Civil Veterinary Dept. North-West Frontier Province 1933-46 - 1933-1946
Year: 1933
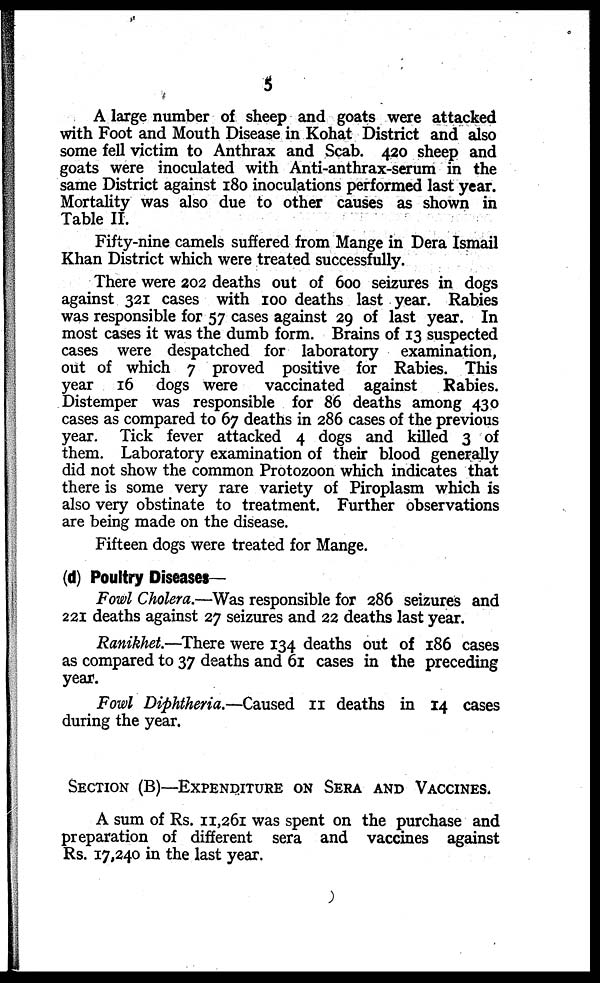
5
A large number of sheep and goats were attacked
with Foot and Mouth Disease in Kohat District and also
some fell victim to Anthrax and Scab. 420 sheep and
goats were inoculated with Anti-anthrax-serum in the
same District against 180 inoculations performed last year.
Mortality was also due to other causes as shown in
Table II.
Fifty-nine camels suffered from Mange in Dera Ismail
Khan District which were treated successfully.
There were 202 deaths out of 600 seizures in dogs
against 321 cases with 100 deaths last year. Rabies
was responsible for 57 cases against 29 of last year. In
most cases it was the dumb form. Brains of 13 suspected
cases were despatched for laboratory examination,
out of which 7 proved positive for Rabies. This
year 16 dogs were
vaccinated against
Rabies.
Distemper was responsible for 86 deaths among 430
cases as compared to 67 deaths in 286 cases of the previous
year. Tick fever attacked 4 dogs and killed 3 of
them. Laboratory examination of their blood generally
did not show the common Protozoon which indicates that
there is some very rare variety of Piroplasm which is
also very obstinate to treatment. Further observations
are being made on the disease.
Fifteen dogs were treated for Mange.
(d) Poultry Diseases—
Fowl Cholera.—Was responsible for 286 seizures and
221 deaths against 27 seizures and 22 deaths last year.
Ranikhet.—There were 134 deaths out of 186 cases
as compared to 37 deaths and 61 cases in the preceding
year.
Fowl Diphtheria.—Caused 11 deaths in 14 cases
during the year.
SECTION (B)—EXPENDITURE ON SERA AND VACCINES.
A sum of Rs. 11,261 was spent on the purchase and
preparation of different sera and vaccines against
Rs. 17,240 in the last year.